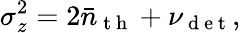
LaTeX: \sigma_{z}^{2}=2\bar{n}_{\mathrm{~t~h~}}+\nu_{\mathrm{~d~e~t~}},